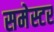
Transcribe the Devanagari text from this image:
समेस्टर